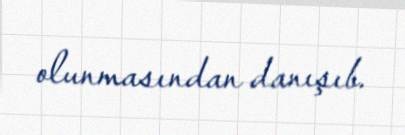
olunmasından danışıb.